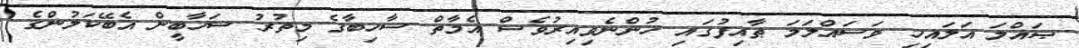
ޞައްލަ އަލައިހި ވަސައްލަމަ ޠާއިފުގައި ހުންނެވިއިރުވެސް އެމާތް ސާހިބާގެ މިތުރު ސަހާބީން އެބޭކަލުންގެ